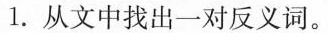
1.从文中找出一对反义词。